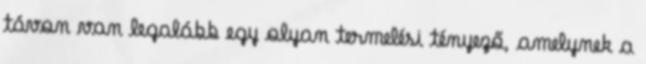
távon van legalább egy olyan termelési tényező, amelynek a